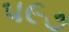
૫૯૭